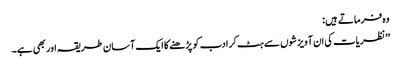
وہ فرماتے ہیں :
’’نظریات کی ان آویزشوں سے ہٹ کر ادب کو پڑھنے کا ایک آسان طریقہ اور بھی ہے۔